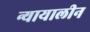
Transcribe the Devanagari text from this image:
न्यायालीन